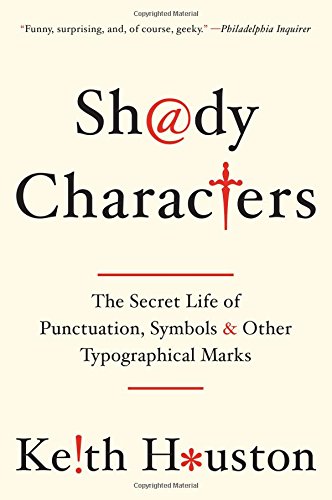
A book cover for Shady Characters: The Secret Life of Punctuation, Symbols, and Other Typographical Marks; Keith Houston; Arts & Photography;